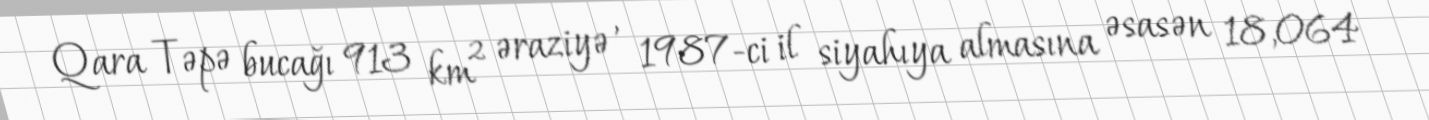
Qara Təpə bucağı 913 km² əraziyə , 1987-ci il siyahıya almasına əsasən 18,064